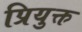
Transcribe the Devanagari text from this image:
प्रियुक्त